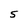
Character: 5